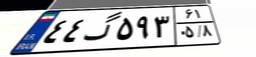
۶۰گ۸۹۳۹۸